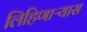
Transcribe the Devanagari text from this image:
लिहिणाऱ्यास